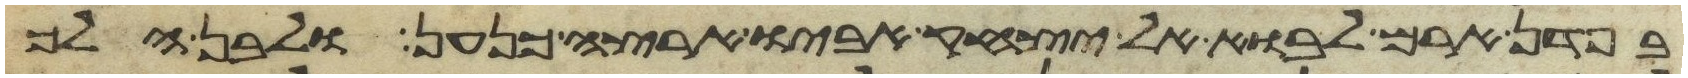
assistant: בפדן ארם לבוא אל יצחק אביו ארצה כנען ולבן הלך